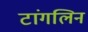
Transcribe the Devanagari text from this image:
टांगलिन